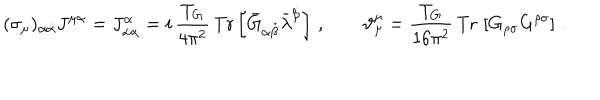
( \sigma _ { \mu } ) _ { \alpha \dot { \alpha } } J ^ { \mu \alpha } = J _ { \alpha \dot { \alpha } } ^ { \alpha } = i \, \frac { T _ { G } } { 4 \pi ^ { 2 } } \, \mathrm { T r } \left[ \bar { G } _ { \dot { \alpha } \dot { \beta } } \bar { \lambda } ^ { \dot { \beta } } \right] \, , \qquad \vartheta _ { \mu } ^ { \mu } = \frac { T _ { G } } { 1 6 \pi ^ { 2 } } \, \mathrm { T r } \, \left[ G _ { \rho \sigma } G ^ { \rho \sigma } \right] \, .